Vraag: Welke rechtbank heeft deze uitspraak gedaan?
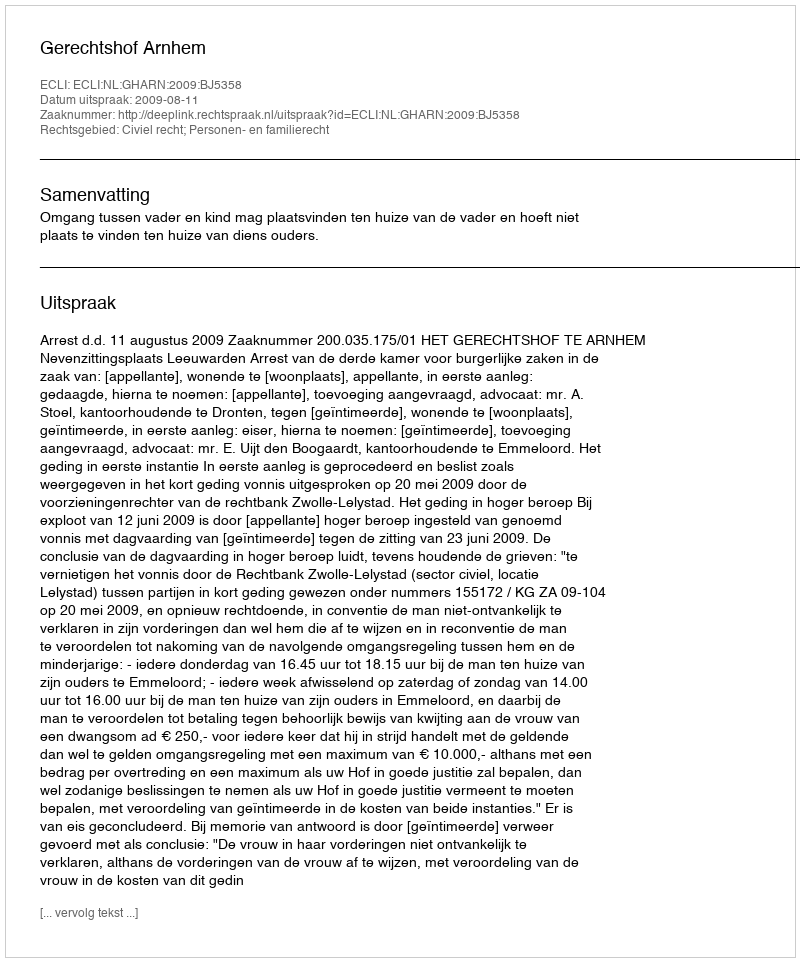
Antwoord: Gerechtshof Arnhem